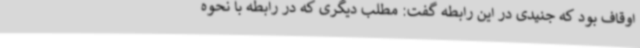
اوقاف بود که جنیدی در این رابطه گفت: مطلب دیگری که در رابطه با نحوه